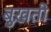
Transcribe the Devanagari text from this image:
बुख़ती